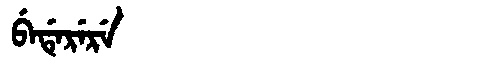
Manchu: ᠪᡝᡩᡝᡵᡝᡵᡝ
Romanization: BEDERERE